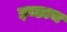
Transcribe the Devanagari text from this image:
इच्छाच